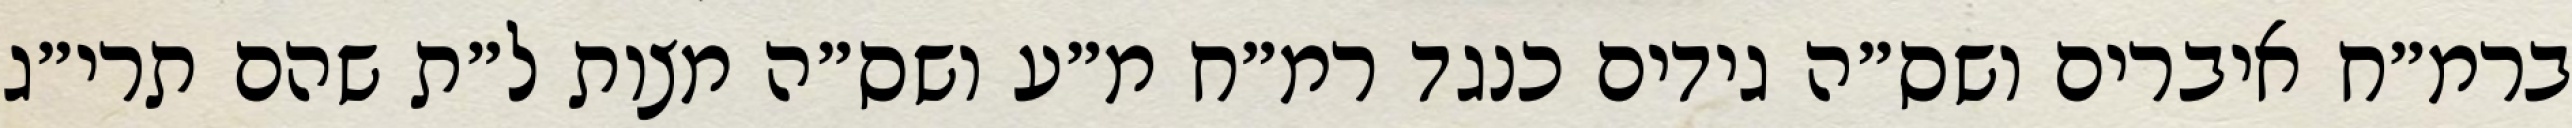
ברמ״ח איברים ושס״ה גידים כנגד רמ״ח מ״ע ושס״ה מצות ל״ת שהם תרי״ג